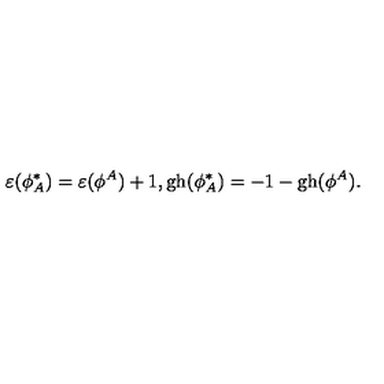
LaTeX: \varepsilon ( \phi _ { A } ^ { * } ) = \varepsilon ( \phi ^ { A } ) + 1 , \mathrm { g h } ( \phi _ { A } ^ { * } ) = - 1 - \mathrm { g h } ( \phi ^ { A } ) .